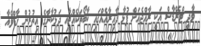
ވާދީ ޓްރޭޑާސް އަކީ ރާއްޖެއަށް ފުޅާ ދާއިރާއެއްގައި ކާބޯތަކެއްޗާއި ދަޅުކާނާގެ އިތުރުން ހާޑްވެއާ